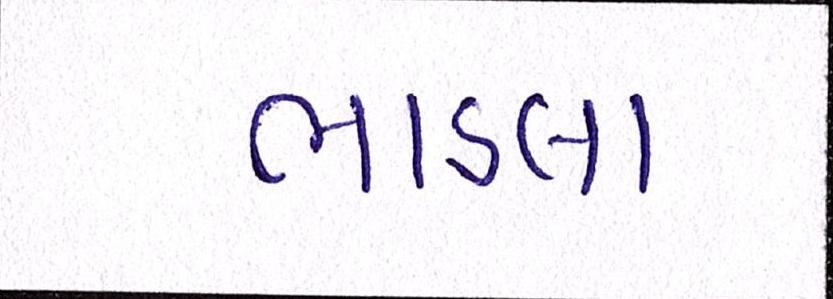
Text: ભાડલા